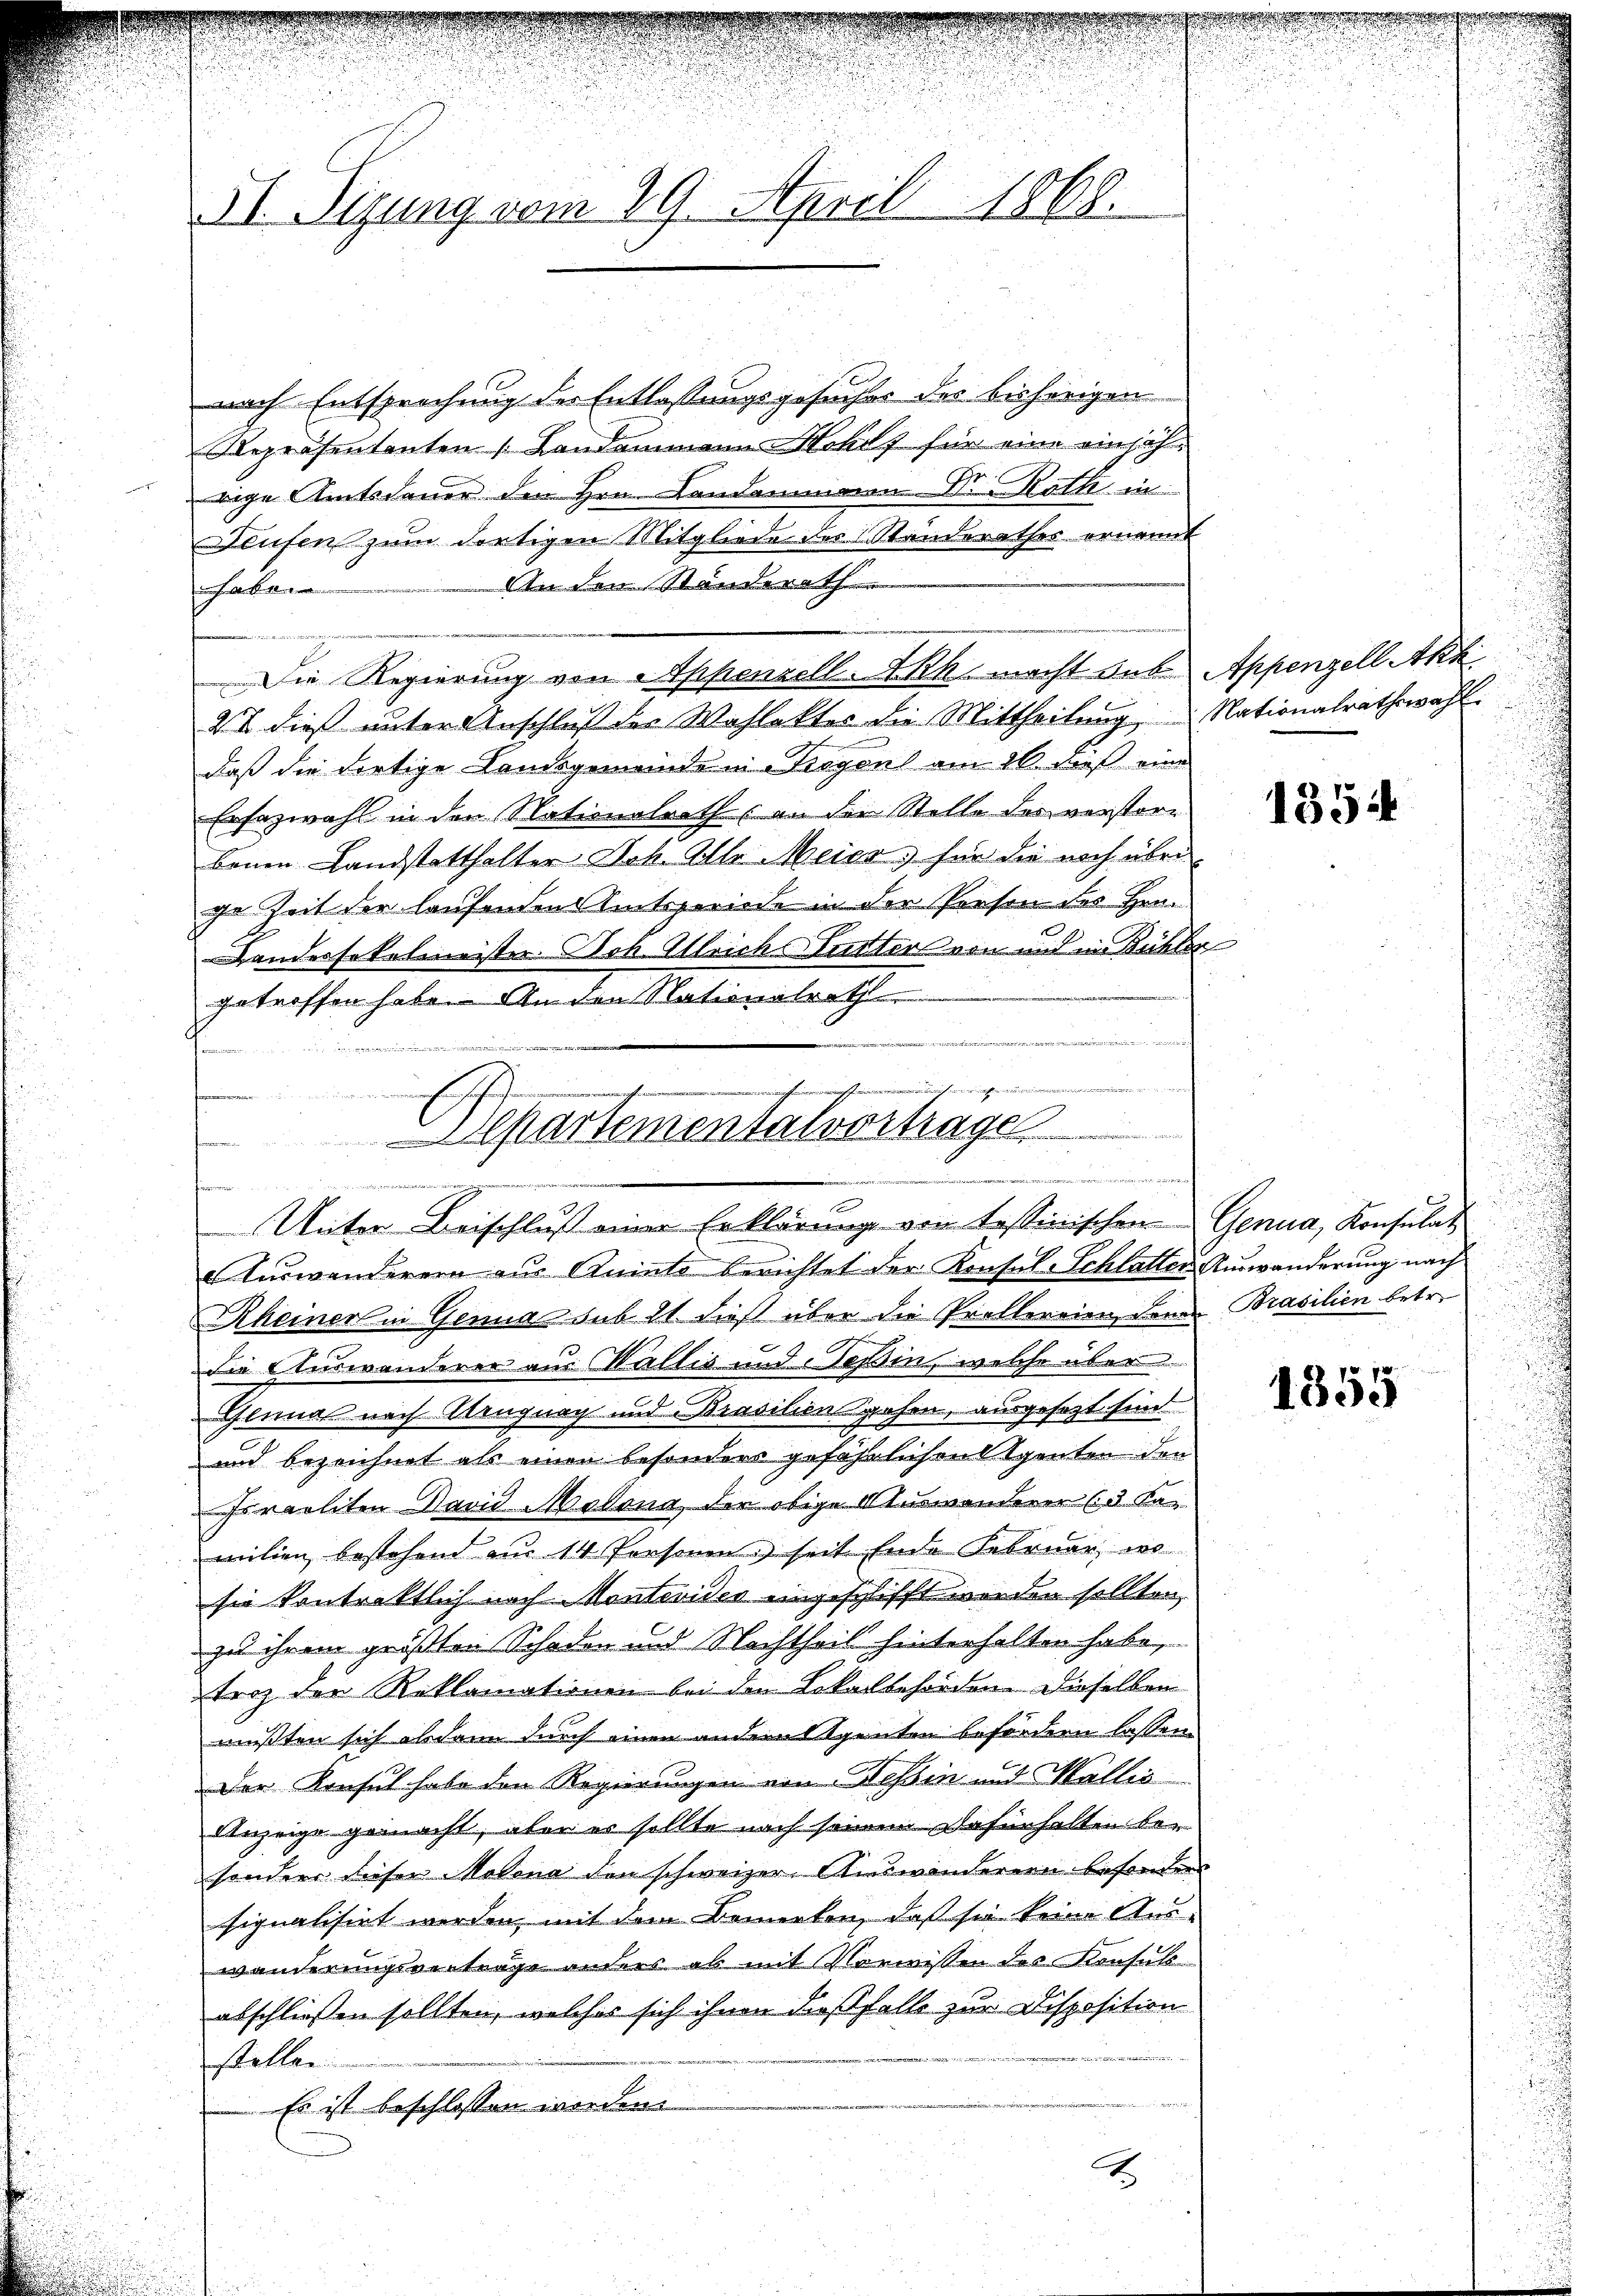
I Sizung vom 29. April 1868.

nach Entsprechung der Entlassungsgesuches des bisherigen
Repräsentanten Landammann Hohls für eine einjährige Amtsdauer den Hrn. Landammann Dr. Roth in
Deufen zum dortigen Mitgliede des Standerathes ernannt
An den Standerath
t
2% dieß unter Anschluß der Wahlakter die Mittheilung Nationalrathswahl.
daß die dortige Landsgemeinde in Tragen am 26. dieß eine
Ersazwahl in den Nationalrath an der Stelle des verstorbenen Landstatthalter Joh. Alle Meier, für die noch über
ge Zeit der laufenden Amtsperiode in der Person des Hrn.
Landessekelmeister. Boh Alleichs Futter von und in Bühler
getroffen habe. An den Nationalrath
i

.
E

Die Regierung von Appenzell-Akh. macht unbe Appenzell Akk

Cartementalvortrage
fenen
r
Unter Beischluß einer Erklärung von Tessinischen Genua, Konsulat

Auswanderern aus Ruinto berichtet der Konsul-Schlatter-Auswanderung nach
Rheiner in Genua sub 21. dieß über die Problereien denen Brasilien betr.
die Auswanderer aus Wallis und Tessin, welche über
Glinas nach Neugung und Brasilien gehen, ausgesezt sind.
und bezeichnet als einen besonders gefährlichen Agenten den
sraeliten David Molona der obige Auswanderer (3 Ka-
milien bestehend aus 14 Person seit Ende Februar, wo
sie kontraktlich nach Montevides eingeschlifft werden sollten,
zu ihrem größten Schaden und Nachtheil hinterhalten habe,
troz der Reklamationen bei den Lokalbehörden. Dieselben
mußten sich abdann durch einen anderat tenten befordern lassen.
Der Konsul habe den Regierungen von Hessin und Mollis
Anzeige gemacht, aber er sollte nach seinem Dafürhalten besondern dieser Molena den schweizer. Auswanderern besonders
signalisirt werden, mit dem Bemerken, daß sie keine Aus-
wanderungsverträge anders als mit Vorwissen des Konsuls
abschliessen sollten, welches sich ihnen dießfalls zur Disposition
stellen
Es ist beschlossen worden.
x

1354

1355